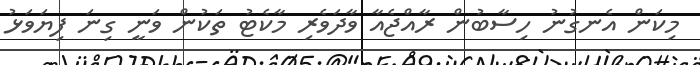
މިކަން އެނގުނު ހިސާބުން ރާއްޖެއާ ވާދަވެރި މާކެޓު ތަކުން ވަނީ ގިނަ ފިޔަވަޅު